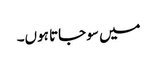
میں سو جاتا ہوں۔